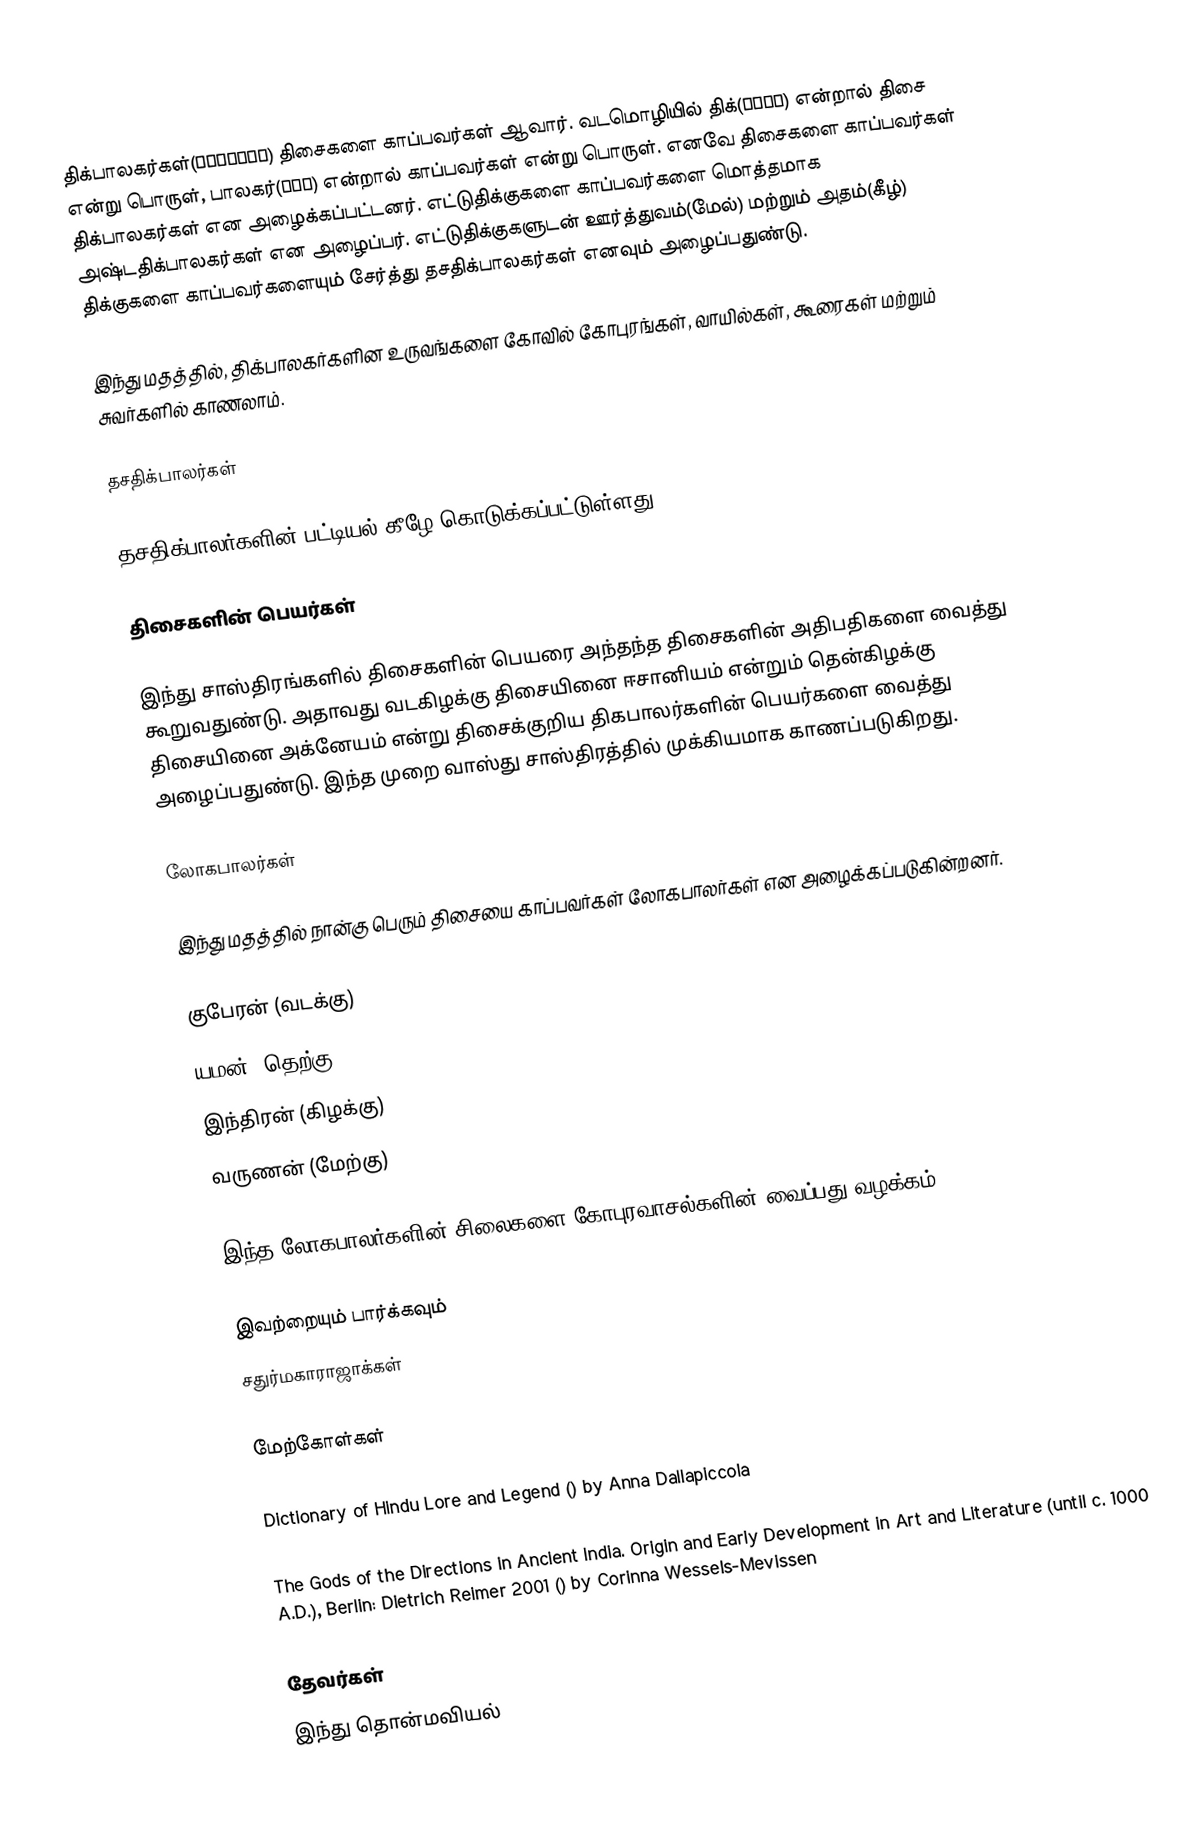
திக்பாலகர்கள்(दिक्पाल) திசைகளை காப்பவர்கள் ஆவார். வடமொழியில் திக்(दिक्) என்றால் திசை என்று பொருள், பாலகர்(पाल) என்றால் காப்பவர்கள் என்று பொருள். எனவே திசைகளை காப்பவர்கள் திக்பாலகர்கள் என அழைக்கப்பட்டனர். எட்டுதிக்குகளை காப்பவர்களை மொத்தமாக அஷ்டதிக்பாலகர்கள் என அழைப்பர். எட்டுதிக்குகளுடன் ஊர்த்துவம்(மேல்) மற்றும் அதம்(கீழ்) திக்குகளை காப்பவர்களையும் சேர்த்து தசதிக்பாலகர்கள் எனவும் அழைப்பதுண்டு.

இந்து மதத்தில், திக்பாலகர்களின உருவங்களை கோவில் கோபுரங்கள், வாயில்கள், கூரைகள் மற்றும் சுவர்களில் காணலாம்.

தசதிக்பாலர்கள்

தசதிக்பாலர்களின் பட்டியல் கீழே கொடுக்கப்பட்டுள்ளது:

திசைகளின் பெயர்கள்

இந்து சாஸ்திரங்களில் திசைகளின் பெயரை அந்தந்த திசைகளின் அதிபதிகளை வைத்து கூறுவதுண்டு. அதாவது வடகிழக்கு திசையினை ஈசானியம் என்றும் தென்கிழக்கு திசையினை அக்னேயம் என்று திசைக்குறிய திகபாலர்களின் பெயர்களை வைத்து அழைப்பதுண்டு. இந்த முறை வாஸ்து சாஸ்திரத்தில் முக்கியமாக காணப்படுகிறது.

லோகபாலர்கள்

இந்து மதத்தில் நான்கு பெரும் திசையை காப்பவர்கள் லோகபாலர்கள் என அழைக்கப்படுகின்றனர்.

 குபேரன் (வடக்கு)
 யமன் (தெற்கு)
 இந்திரன் (கிழக்கு)
 வருணன் (மேற்கு)

இந்த லோகபாலர்களின் சிலைகளை கோபுரவாசல்களின் வைப்பது வழக்கம்

இவற்றையும் பார்க்கவும்
சதுர்மகாராஜாக்கள்

மேற்கோள்கள்

Dictionary of Hindu Lore and Legend () by Anna Dallapiccola

The Gods of the Directions in Ancient India. Origin and Early Development in Art and Literature (until c. 1000 A.D.), Berlin: Dietrich Reimer 2001 () by Corinna Wessels-Mevissen

தேவர்கள்
இந்து தொன்மவியல்